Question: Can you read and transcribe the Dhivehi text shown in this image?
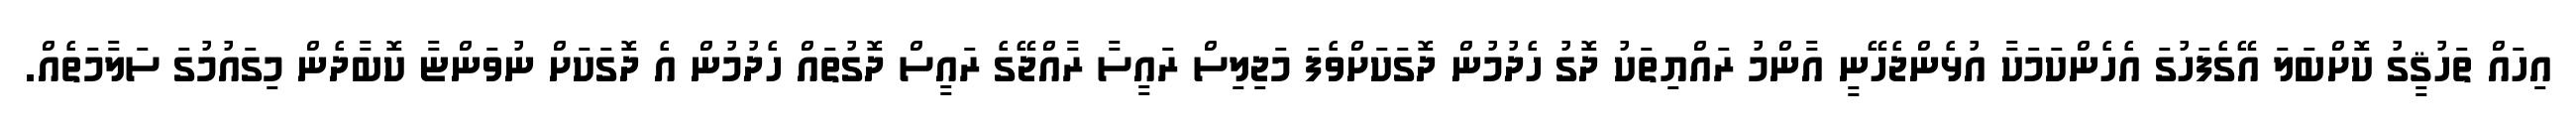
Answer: އިހައް ތަހުޤީގު ކޮށްބަލަ އޭގެފަހުގަ އެހެންކަމަކާ އުޅެންޖެހޭނީ އާންމު ރައްޔިތަކު ދޮގު ހެދުމުން ދޮގަކަށްވެފަ މަޖިލިސް ރައީސާ ރާއްޖޭގެ ރައީސް ދޮގުތައް ހެދުމުން އެ ދޮގަކަށް ނުވަންޏާ ކޮބާދެން މިގައުމުގަ ސަލާމަތެއް.